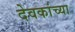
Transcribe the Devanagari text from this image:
देवकांच्या